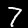
Label: 7